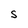
Character: S